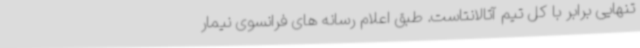
تنهایی برابر با کل تیم آتالانتاست. طبق اعلام رسانه های فرانسوی نیمار